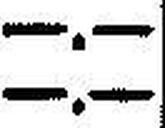
—.—